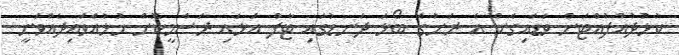
ކުޅުދުއްފުއްޓަށް ވަޑައިގެން އެ ރަށުގެ ބޯޅަ ދަނޑުގައި ޓާފް އަޅައި ރަސްމީކޮށް ހުޅުއްވައިދެއްވަނީ